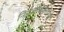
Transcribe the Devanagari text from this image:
नियअधिकारियों